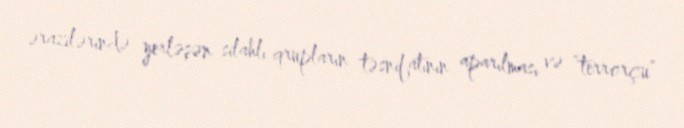
ərazilərində yerləşən silahlı qrupların təsnifatının aparılması və “terrorçu”